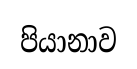
පියානාව